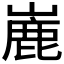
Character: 𪩏